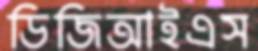
ডিজিআইএস